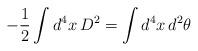
LaTeX: \begin{align*}-\frac{1}{2}\int d^4x\, D^2 = \int d^4x\,d^2\theta\end{align*}